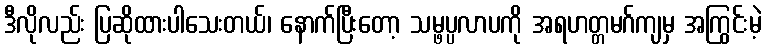
ဒီလိုလည်း ပြဆိုထားပါသေးတယ်၊ နောက်ပြီးတော့ သမ္ဖပ္ပလာပကို အရဟတ္တမဂ်ကျမှ အကြွင်းမဲ့